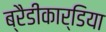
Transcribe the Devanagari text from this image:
ब्रैडीकार्डिया